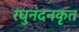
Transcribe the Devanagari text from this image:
रघुनंदनकृत